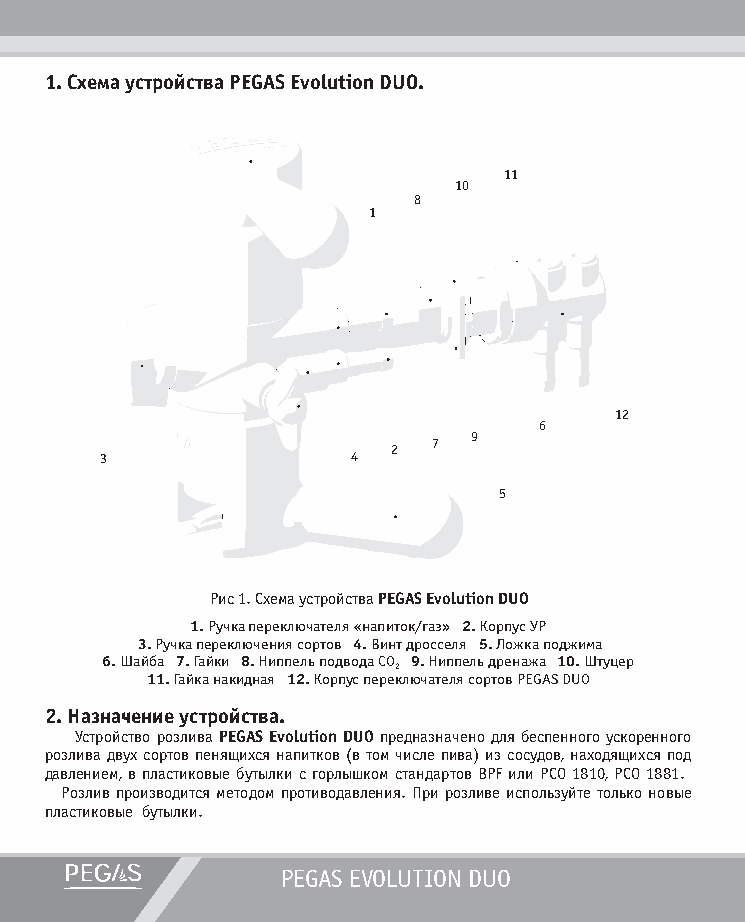
1. Схема устройства PEGAS Evolution DUO.
 11
 10
 8
 1
 12
 6
 9
 2  7
 3               4
 5
 Рис 1. Схема устройства PEGAS Evolution DUO
 1. Ручка переключателя «напиток/газ» 2. Корпус УР
 3. Ручка переключения сортов 4. Винт дросселя 5. Ложка поджима
 6. Шайба 7. Гайки 8. Ниппель подвода CO 9. Ниппель дренажа 10. Штуцер
 2
 11. Гайка накидная 12. Корпус переключателя сортов PEGAS DUO
 2. Назначение устройства.
 Устройство розлива PEGAS Evolution DUO предназначено для беспенного ускоренного
 розлива двух сортов пенящихся напитков (в том числе пива) из сосудов, находящихся под
 давлением, в пластиковые бутылки с горлышком стандартов BPF или PCO 1810, PCO 1881.
 Розлив производится методом противодавления. При розливе используйте только новые
 пластиковые бутылки.
 PEGAS EVOLUTION DUO